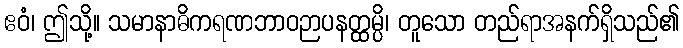
ဧဝံ၊ ဤသို့။ သမာနာဓိကရဏဘာဝဉာပနတ္ထမ္ပိ၊ တူသော တည်ရာအနက်ရှိသည်၏